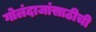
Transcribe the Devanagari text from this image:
गोलंदाजांसाठीची